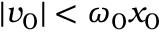
| v _ { 0 } | < \omega _ { 0 } x _ { 0 }